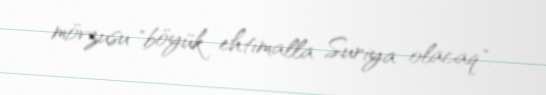
mövzusu "böyük ehtimalla Suriya olacaq".